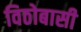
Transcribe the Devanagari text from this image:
विठोबासी